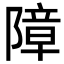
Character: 障